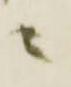
ニ